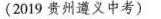
(2019 贵州遵义中考)